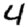
Digit: 4